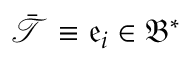
\bar { \mathcal { T } } \equiv \mathfrak { e } _ { i } \in \mathfrak { B } ^ { \ast }